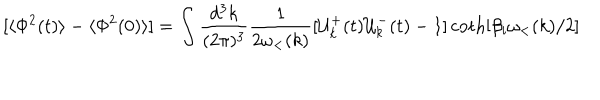
[ \langle \Phi ^ { 2 } ( t ) \rangle - \langle \Phi ^ { 2 } ( 0 ) \rangle ] = \int \frac { d ^ { 3 } k } { ( 2 \pi ) ^ { 3 } } \frac { 1 } { 2 \omega _ { < } ( k ) } [ { \cal { U } } _ { k } ^ { + } ( t ) { \cal { U } } _ { k } ^ { - } ( t ) - 1 ] \coth [ \beta _ { i } \omega _ { < } ( k ) / 2 ]